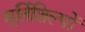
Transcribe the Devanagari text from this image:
मूर्तिशिल्पों